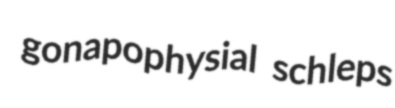
gonapophysial schleps